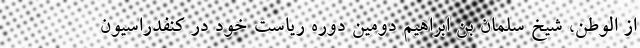
از الوطن، شیخ سلمان بن ابراهیم دومین دوره ریاست خود در کنفدراسیون